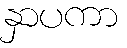
နှာပကာ